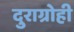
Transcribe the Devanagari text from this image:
दुराग्रोही